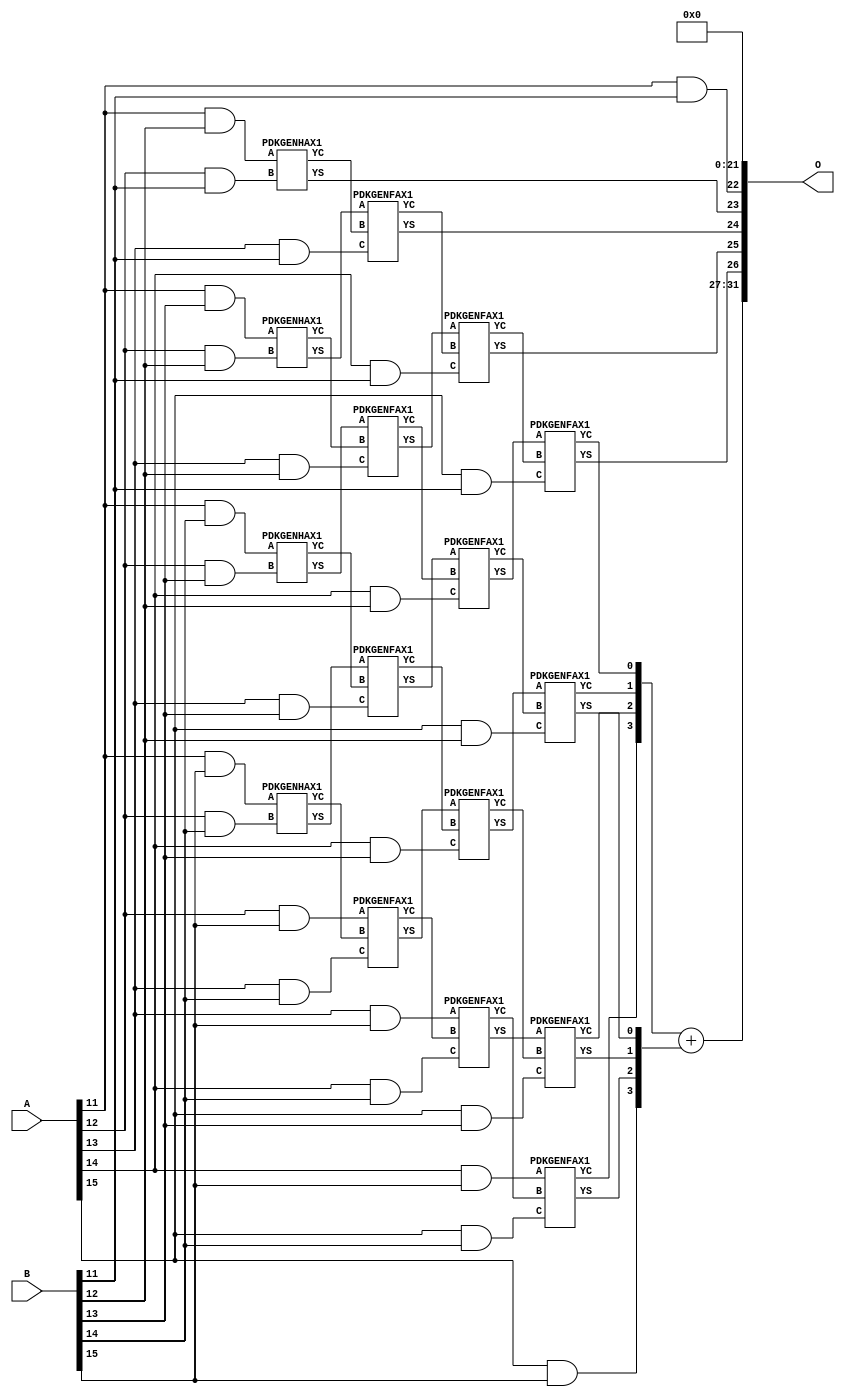
/***
* This code is a part of EvoApproxLib library (ehw.fit.vutbr.cz/approxlib) distributed under The MIT License.
* When used, please cite the following article(s): V. Mrazek, Z. Vasicek, L. Sekanina, H. Jiang and J. Han, "Scalable Construction of Approximate Multipliers With Formally Guaranteed Worst Case Error" in IEEE Transactions on Very Large Scale Integration (VLSI) Systems, vol. 26, no. 11, pp. 2572-2576, Nov. 2018. doi: 10.1109/TVLSI.2018.2856362 
* This file contains a circuit from a sub-set of pareto optimal circuits with respect to the pwr and mae parameters
***/
// MAE% = 1.54 %
// MAE = 66027520 
// WCE% = 6.15 %
// WCE = 264110081 
// WCRE% = 100.00 %
// EP% = 100.00 %
// MRE% = 15.90 %
// MSE = 61094.229e11 
// PDK45_PWR = 0.106 mW
// PDK45_AREA = 269.4 um2
// PDK45_DELAY = 0.81 ns


module mul16u_HGP ( A, B, O );
  input [15:0] A;
  input [15:0] B;
  output [31:0] O;

  wire C_12_11,C_12_12,C_12_13,C_12_14,C_13_11,C_13_12,C_13_13,C_13_14,C_14_11,C_14_12,C_14_13,C_14_14,C_15_11,C_15_12,C_15_13,C_15_14,S_11_11,S_11_12,S_11_13,S_11_14,S_11_15,S_12_10,S_12_11,S_12_12,S_12_13,S_12_14,S_12_15,S_13_10,S_13_11,S_13_12,S_13_13,S_13_14,S_13_15,S_13_9,S_14_10,S_14_11,S_14_12,S_14_13,S_14_14,S_14_15,S_14_8,S_14_9,S_15_10,S_15_11,S_15_12,S_15_13,S_15_14,S_15_15,S_15_7,S_15_8,S_15_9,S_16_10,S_16_11,S_16_12,S_16_13,S_16_14,S_16_15,S_16_6,S_16_7,S_16_8,S_16_9;

  assign S_11_11 = (A[11] & B[11]);
  assign S_11_12 = (A[11] & B[12]);
  assign S_11_13 = (A[11] & B[13]);
  assign S_11_14 = (A[11] & B[14]);
  assign S_11_15 = (A[11] & B[15]);
  assign S_12_10 = S_11_11;
  PDKGENHAX1 U24214 (.A(S_11_12), .B((A[12] & B[11])), .YS(S_12_11), .YC(C_12_11));
  PDKGENHAX1 U24215 (.A(S_11_13), .B((A[12] & B[12])), .YS(S_12_12), .YC(C_12_12));
  PDKGENHAX1 U24216 (.A(S_11_14), .B((A[12] & B[13])), .YS(S_12_13), .YC(C_12_13));
  PDKGENHAX1 U24217 (.A(S_11_15), .B((A[12] & B[14])), .YS(S_12_14), .YC(C_12_14));
  assign S_12_15 = (A[12] & B[15]);
  assign S_13_9 = S_12_10;
  assign S_13_10 = S_12_11;
  PDKGENFAX1 U24230 (.A(S_12_12), .B(C_12_11), .C((A[13] & B[11])), .YS(S_13_11), .YC(C_13_11));
  PDKGENFAX1 U24231 (.A(S_12_13), .B(C_12_12), .C((A[13] & B[12])), .YS(S_13_12), .YC(C_13_12));
  PDKGENFAX1 U24232 (.A(S_12_14), .B(C_12_13), .C((A[13] & B[13])), .YS(S_13_13), .YC(C_13_13));
  PDKGENFAX1 U24233 (.A(S_12_15), .B(C_12_14), .C((A[13] & B[14])), .YS(S_13_14), .YC(C_13_14));
  assign S_13_15 = (A[13] & B[15]);
  assign S_14_8 = S_13_9;
  assign S_14_9 = S_13_10;
  assign S_14_10 = S_13_11;
  PDKGENFAX1 U24246 (.A(S_13_12), .B(C_13_11), .C((A[14] & B[11])), .YS(S_14_11), .YC(C_14_11));
  PDKGENFAX1 U24247 (.A(S_13_13), .B(C_13_12), .C((A[14] & B[12])), .YS(S_14_12), .YC(C_14_12));
  PDKGENFAX1 U24248 (.A(S_13_14), .B(C_13_13), .C((A[14] & B[13])), .YS(S_14_13), .YC(C_14_13));
  PDKGENFAX1 U24249 (.A(S_13_15), .B(C_13_14), .C((A[14] & B[14])), .YS(S_14_14), .YC(C_14_14));
  assign S_14_15 = (A[14] & B[15]);
  assign S_15_7 = S_14_8;
  assign S_15_8 = S_14_9;
  assign S_15_9 = S_14_10;
  assign S_15_10 = S_14_11;
  PDKGENFAX1 U24262 (.A(S_14_12), .B(C_14_11), .C((A[15] & B[11])), .YS(S_15_11), .YC(C_15_11));
  PDKGENFAX1 U24263 (.A(S_14_13), .B(C_14_12), .C((A[15] & B[12])), .YS(S_15_12), .YC(C_15_12));
  PDKGENFAX1 U24264 (.A(S_14_14), .B(C_14_13), .C((A[15] & B[13])), .YS(S_15_13), .YC(C_15_13));
  PDKGENFAX1 U24265 (.A(S_14_15), .B(C_14_14), .C((A[15] & B[14])), .YS(S_15_14), .YC(C_15_14));
  assign S_15_15 = (A[15] & B[15]);
  assign S_16_6 = S_15_7;
  assign S_16_7 = S_15_8;
  assign S_16_8 = S_15_9;
  assign S_16_9 = S_15_10;
  assign S_16_10 = S_15_11;
  assign {S_16_15, S_16_14, S_16_13, S_16_12, S_16_11} = {C_15_14, C_15_13, C_15_12, C_15_11} + {S_15_15, S_15_14, S_15_13, S_15_12};
  assign O = {S_16_15,S_16_14,S_16_13,S_16_12,S_16_11,S_16_10,S_16_9,S_16_8,S_16_7,S_16_6,1'b0,1'b0,1'b0,1'b0,1'b0,1'b0,1'b0,1'b0,1'b0,1'b0,1'b0,1'b0,1'b0,1'b0,1'b0,1'b0,1'b0,1'b0,1'b0,1'b0,1'b0,1'b0};

endmodule

/* mod */
module PDKGENHAX1( input A, input B, output YS, output YC );
    assign YS = A ^ B;
    assign YC = A & B;
endmodule
/* mod */
module PDKGENFAX1( input A, input B, input C, output YS, output YC );
    assign YS = (A ^ B) ^ C;
    assign YC = (A & B) | (B & C) | (A & C);
endmodule